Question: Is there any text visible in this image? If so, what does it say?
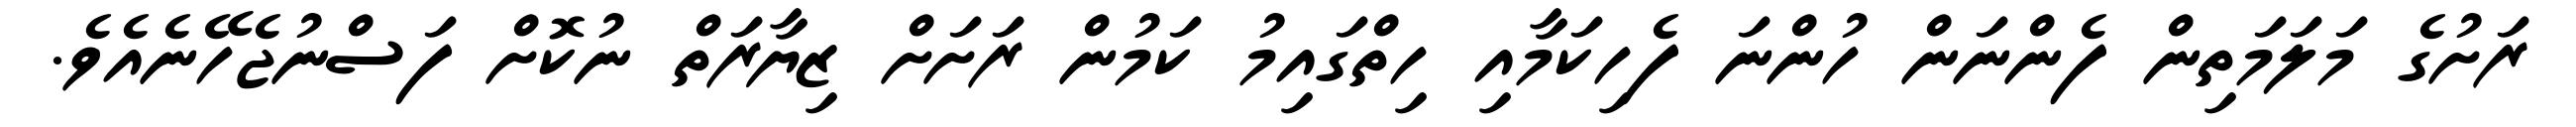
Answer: ރަށުގެ މަލަމަތިން ފެންނަން ހުންނަ ފެހިކަމާއި ހިތްގައިމު ކަމުން ރަށަށް ޒިޔާރަތް ނުކޮށް ފަސްނުޖެހޭނެއެވެ.